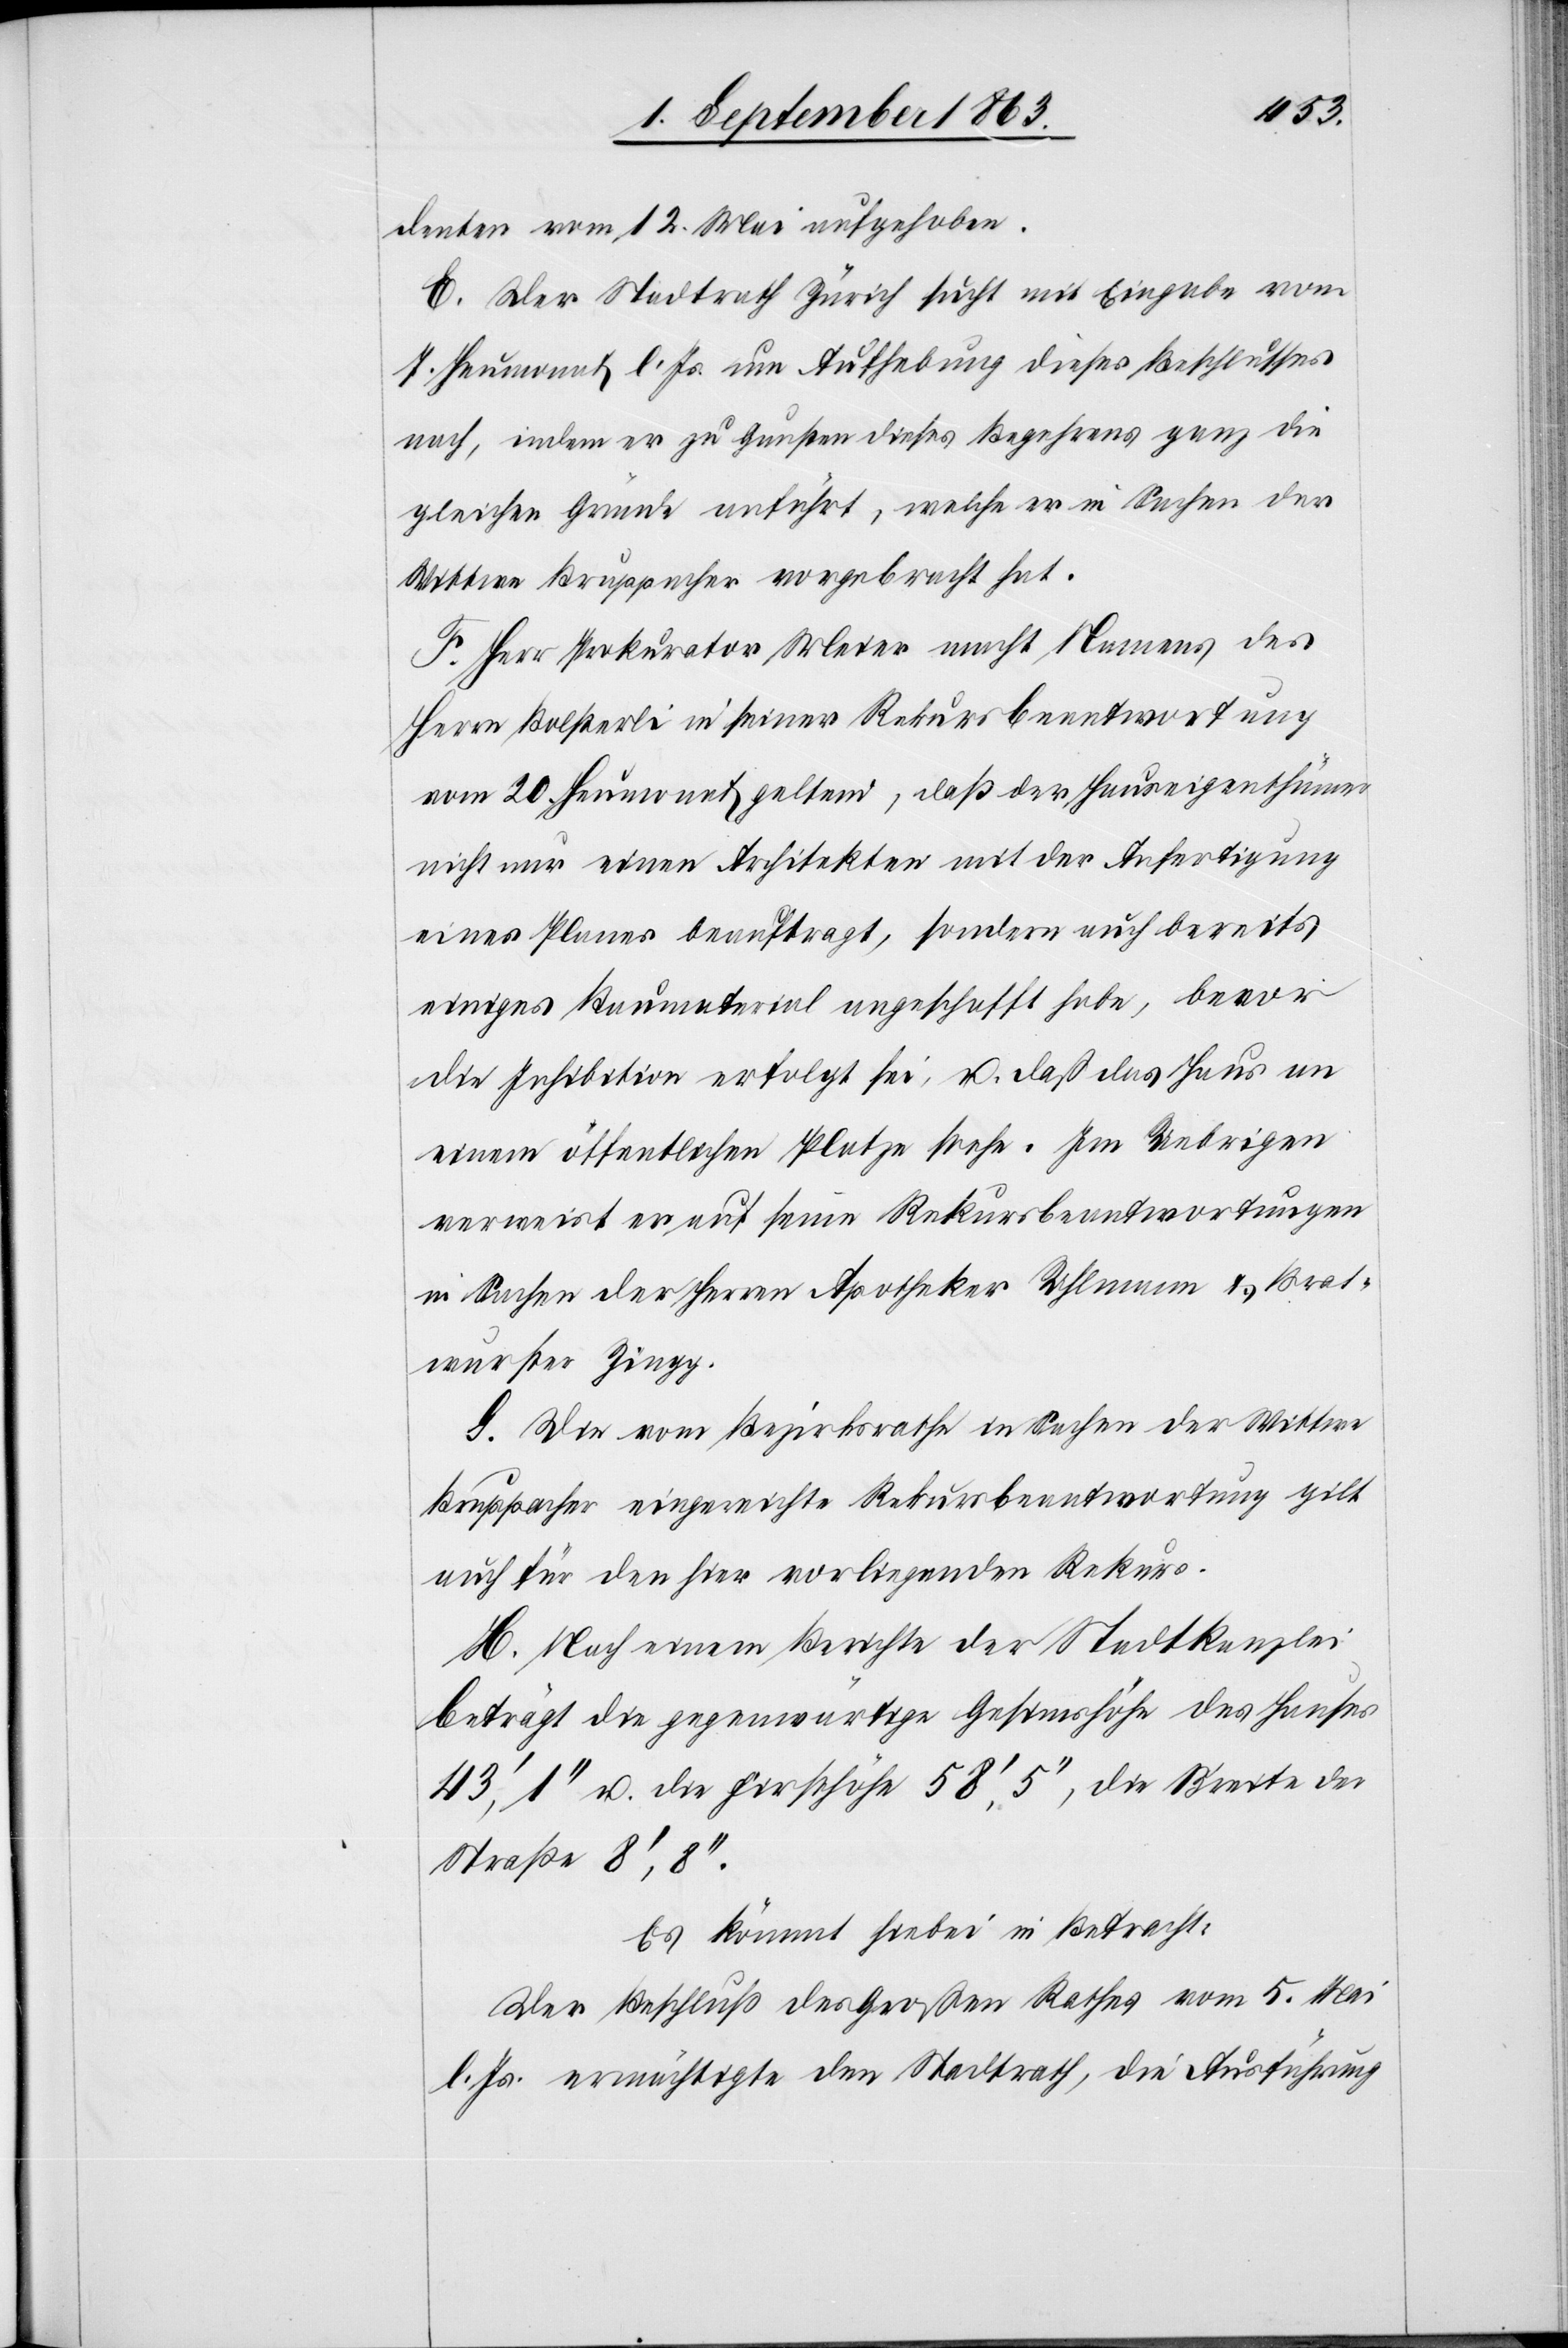
denten vom 12. Mai aufgehoben.
E. Der Stadtrath Zürich sucht mit Eingabe vom
7. Heumonat l. Js. um Aufhebung dieses Beschlusses
nach, indem er zu Gunsten dieses Begehrens ganz die
gleichen Gründe anführt, welche er in Sachen der
Wittwe Bruppacher vorgebracht hat.
F. Herr Prokurator Meier macht, Namens des
Herrn Bolsterli [sic!] in seiner Rekursbeantwortung
vom 20. Heumonat geltend, daß der Hauseigenthümer
nicht nur einen Architekten mit der Anfertigung
eines Planes beauftragt, sondern auch bereits
einiges Baumaterial angeschafft habe, bevor
die Inhibition erfolgt sei, u. daß das Haus an
einem öffentlichen Platze stehe. Im Uebrigen
verweist er auf seine Rekursbeantwortungen
in Sachen der Herren Apotheker Uhlmann & Brat¬
wurster Zingg.
G. Die vom Bezirksrathe in Sachen der Wittwe
Bruppacher eingereichte Rekursbeantwortung gilt
auch für den hier vorliegenden Rekurs.
H. Nach einem Berichte der Stadtkanzlei
beträgt die gegenwärtige Gesimshöhe des Hauses
43', 1'' u. die Firsthöhe 58', 5'', die Breite der
Straße 8',8''.
Es kömmt hiebei in Betracht:
Der Beschluß des Großen Rathes vom 5. Mai
l. Js. ermächtigte den Stadtrath, die Ausführung